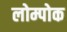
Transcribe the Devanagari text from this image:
लोम्पोक